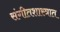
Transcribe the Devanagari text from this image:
संगीतशास्त्रात